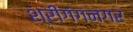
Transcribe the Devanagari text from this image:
श्रीगंगनगर